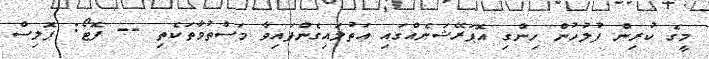
މީގެ ކުރިން ފުލުހުން ހިންގި އޮޕަރޭޝަނެއްގައި އަތުލައިގެންފައިވާ މަސްތުވާތަކެތި -- ފޮޓޯ: ޕޮލިސް